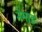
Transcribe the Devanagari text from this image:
नेमाड